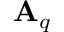
\mathbf { A } _ { q }